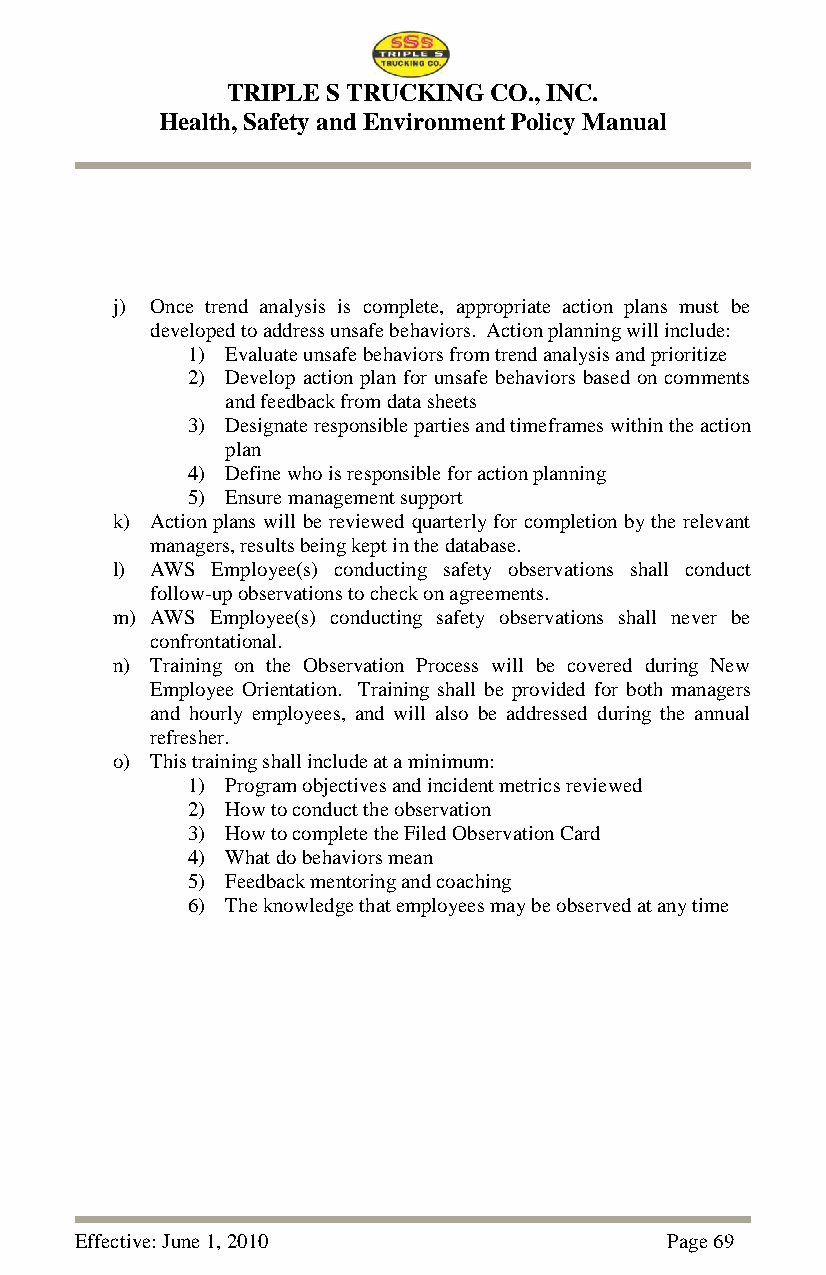
TRIPLE S TRUCKING CO., INC.
 Health, Safety and Environment Policy Manual
 j) Once trend analysis is complete, appropriate action plans must be
 developed to address unsafe behaviors. Action planning will include:
 1) Evaluate unsafe behaviors from trend analysis and prioritize
 2) Develop action plan for unsafe behaviors based on comments
 and feedback from data sheets
 3) Designate responsible parties and timeframes within the action
 plan
 4) Define who is responsible for action planning
 5) Ensure management support
 k) Action plans will be reviewed quarterly for completion by the relevant
 managers, results being kept in the database.
 l) AWS Employee(s) conducting safety observations shall conduct
 follow-up observations to check on agreements.
 m) AWS Employee(s) conducting safety observations shall never be
 confrontational.
 n) Training on the Observation Process will be covered during New
 Employee Orientation. Training shall be provided for both managers
 and hourly employees, and will also be addressed during the annual
 refresher.
 o) This training shall include at a minimum:
 1) Program objectives and incident metrics reviewed
 2) How to conduct the observation
 3) How to complete the Filed Observation Card
 4) What do behaviors mean
 5) Feedback mentoring and coaching
 6) The knowledge that employees may be observed at any time
 Effective: June 1, 2010                Page 69